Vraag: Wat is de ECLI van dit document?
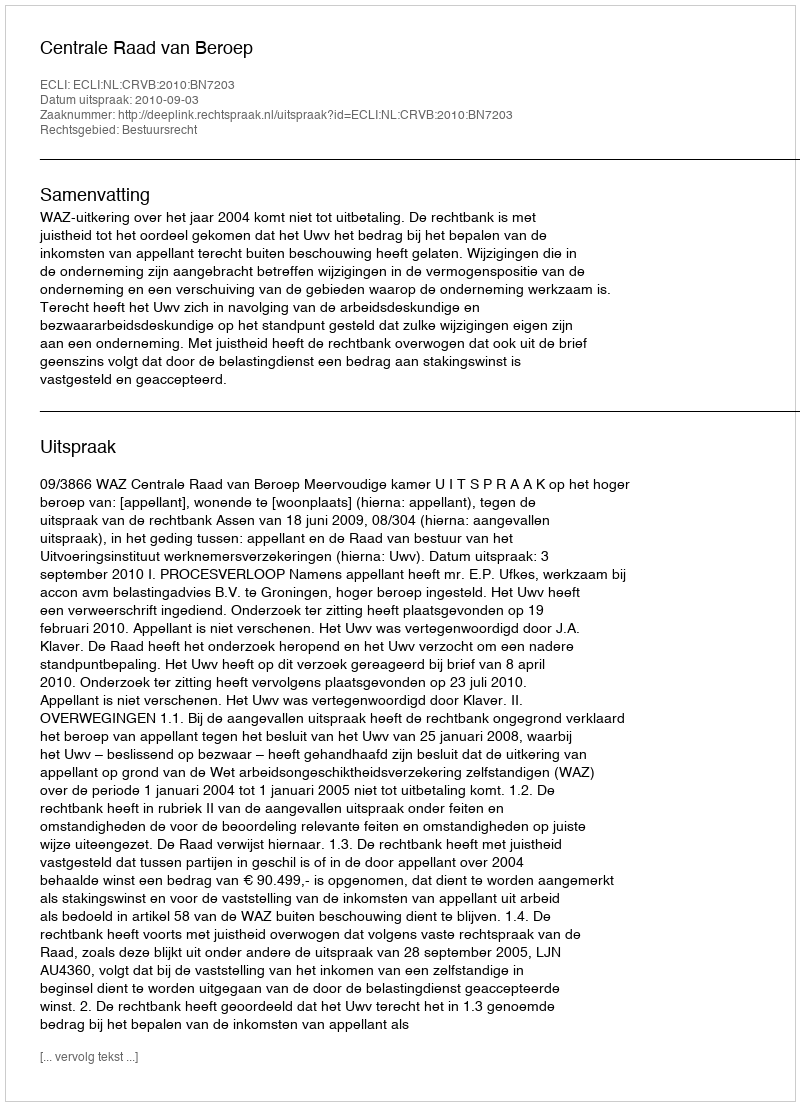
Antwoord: ECLI:NL:CRVB:2010:BN7203